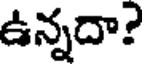
ఉన్నదా?